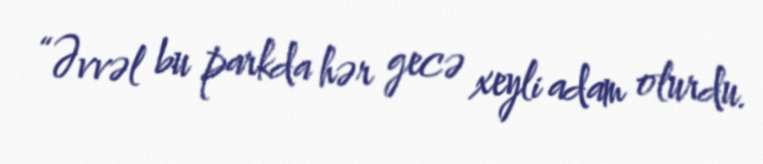
“Əvvəl bu parkda hər gecə xeyli adam olurdu.